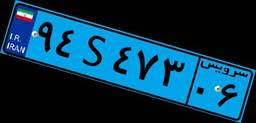
۵۶S۳۱۴۲۴